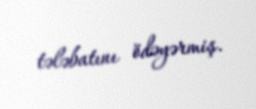
tələbatını ödəyərmiş.